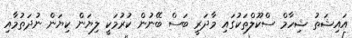
އައިޝަތު ޝިހާމް ސްކޫލްތަކުގައި މާދަރީ ބަސް ބޭނުން ކުރުމަކީ ލިޔަން ކިޔަން ނުދަތުމާއި